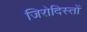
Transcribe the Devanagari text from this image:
जिरोदिस्तों